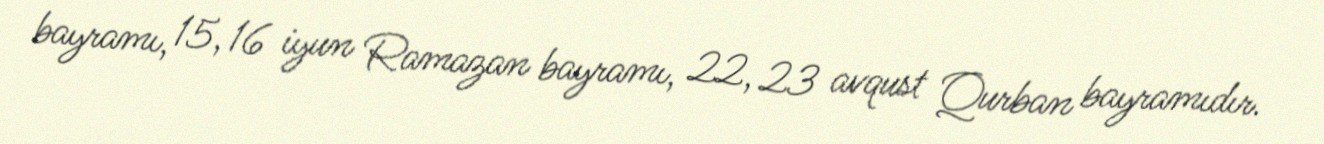
bayramı, 15, 16 iyun Ramazan bayramı, 22, 23 avqust Qurban bayramıdır.